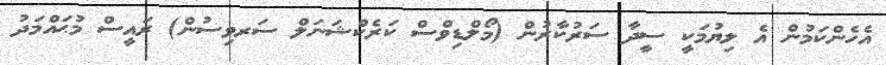
އެހެންކަމުން އެ ލިޔުމަކީ ސީދާ ސަރުކާރުން (މޯލްޑިވްސް ކަރެކްޝަނަލް ސަރވިސުން) ރައީސް މުޙައްމަދު